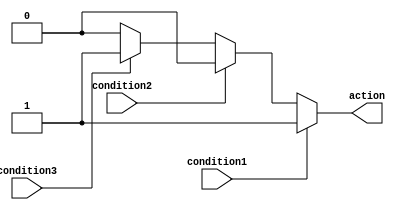
module priority_case_statement (
    input wire condition1,
    input wire condition2,
    input wire condition3,
    output reg action
);

always @* begin
    case (1)
        condition1: action = 1; // If condition1 is true, set action to 1
        condition2: action = 2; // If condition2 is true, set action to 2
        condition3: action = 3; // If condition3 is true, set action to 3
        default: action = 0;    // If none of the conditions are true, set action to 0
    endcase
end

endmodule